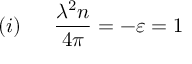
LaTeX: ( i ) \: \: \: \: \: \: \: { \frac { \lambda ^ { 2 } n } { 4 \pi } } = - \varepsilon = 1